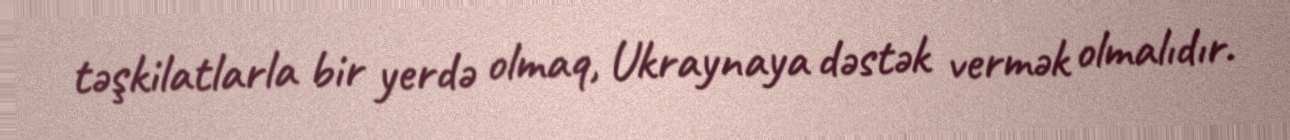
təşkilatlarla bir yerdə olmaq, Ukraynaya dəstək vermək olmalıdır.